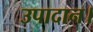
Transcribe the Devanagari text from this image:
उपादान।